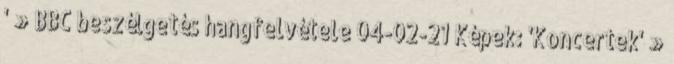
' » BBC beszélgetés hangfelvétele 04-02-21 Képek: 'Koncertek' »